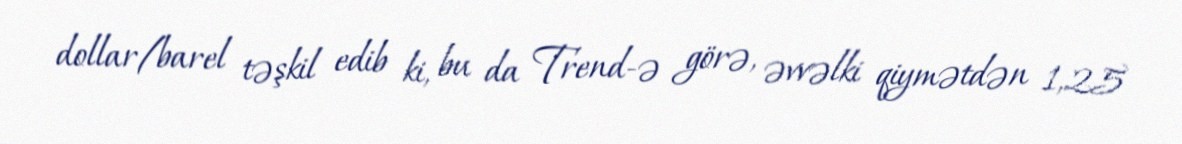
dollar/barel təşkil edib ki, bu da Trend-ə görə, əvvəlki qiymətdən 1,25